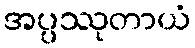
အပ္ပဿုတာယံ